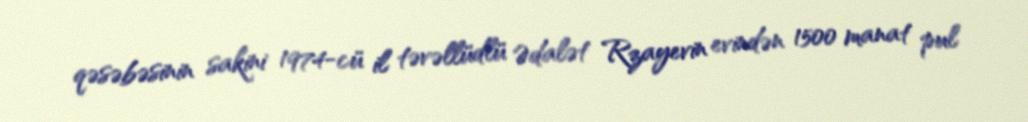
qəsəbəsinin sakini 1974-cü il təvəllüdlü Ədalət Rzayevin evindən 1500 manat pul